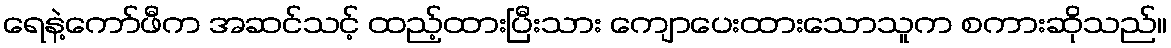
ရေနဲ့ကော်ဖီက အဆင်သင့် ထည့်ထားပြီးသား ကျောပေးထားသောသူက စကားဆိုသည်။